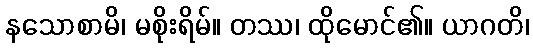
နသောစာမိ၊ မစိုးရိမ်။ တဿ၊ ထိုမောင်၏။ ယာဂတိ၊